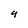
Character: 9